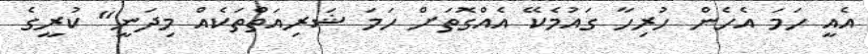
އެއީ ހަމަ އެހެން ހުރިހާ ގައުމެކޭ އެއްގޮތަށް ހަމަ ޝަރިއަތްތަކެއް މިދަނީ" ކުރީގެ